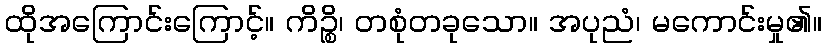
ထိုအကြောင်းကြောင့်။ ကိဉ္စိ၊ တစုံတခုသော။ အပုညံ၊ မကောင်းမှု၏။